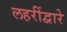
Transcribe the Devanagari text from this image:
लहरींद्वारे